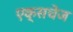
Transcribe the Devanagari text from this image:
एक्सचेज